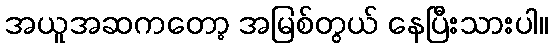
အယူအဆကတော့ အမြစ်တွယ် နေပြီးသားပါ။